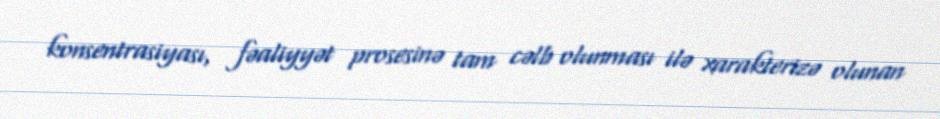
konsentrasiyası, fəaliyyət prosesinə tam cəlb olunması ilə xarakterizə olunan